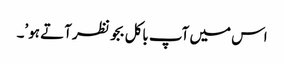
اس میں آپ باکل بجو نظر آتے ہو’۔